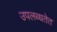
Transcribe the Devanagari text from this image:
उपलब्धतेत